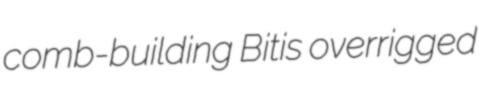
comb-building Bitis overrigged